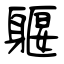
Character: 躽